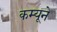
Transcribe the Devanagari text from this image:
कम्यूने